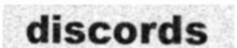
discords